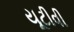
યૂટીવી